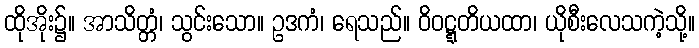
ထိုအိုး၌။ အာသိတ္တံ၊ သွင်းသော။ ဥဒကံ၊ ရေသည်။ ဝိဝဋ္ဋတိယထာ၊ ယိုစီးလေသကဲ့သို့။